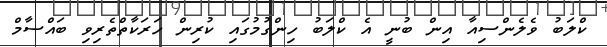
ކްލަބު ވެލެންސިއާ އިން ބުނީ އެ ކްލަބު ހިންގުމުގައި ކުރިން ހަރަކާތްތެރިވި ބައްސާމް